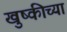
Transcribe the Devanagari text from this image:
खुष्कीच्या